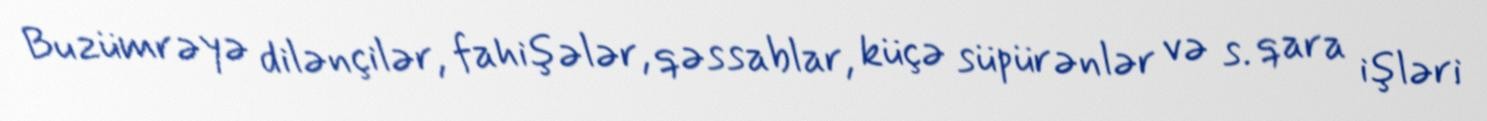
Bu zümrəyə dilənçilər, fahişələr, qəssablar, küçə süpürənlər və s. qara işləri